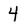
Character: 4